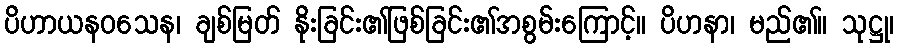
ပိဟာယနဝသေန၊ ချစ်မြတ် နိုးခြင်း၏ဖြစ်ခြင်း၏အစွမ်းကြောင့်။ ပိဟနာ၊ မည်၏။ သုဋ္ဌု၊